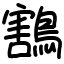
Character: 鶷